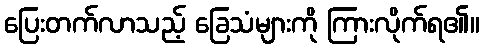
ပြေးတက်လာသည့် ခြေသံများကို ကြားလိုက်ရ၏။